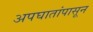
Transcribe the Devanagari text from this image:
अपघातांपासून